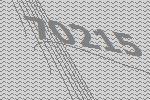
70215